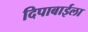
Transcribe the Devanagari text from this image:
दिपाबाईला